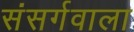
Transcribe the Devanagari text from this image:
संसर्गवाला